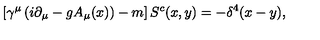
\left[ \gamma ^ { \mu } \left( i \partial _ { \mu } - g A _ { \mu } ( x ) \right) - m \right] S ^ { c } ( x , y ) = - \delta ^ { 4 } ( x - y ) ,